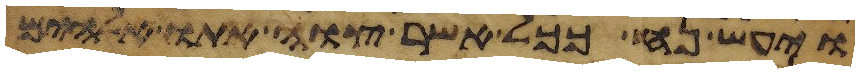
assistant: ויעש נח ככל אשר צוה אתו אלהים